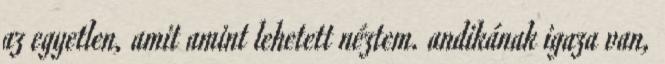
az egyetlen, amit amint lehetett néztem. andikának igaza van,